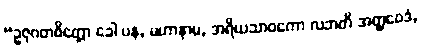
“ဥဇုဂတစိတ္တော ခေါ ပန, မဟာနာမ, အရိယသာဝကော လဘတိ အတ္ထဝေဒံ,